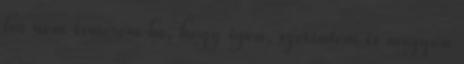
ha nem ismerem be, hogy igen, szerintem is nagyon